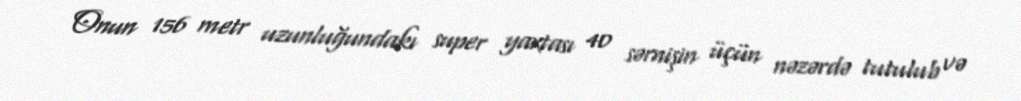
Onun 156 metr uzunluğundakı super yaxtası 40 sərnişin üçün nəzərdə tutulub və